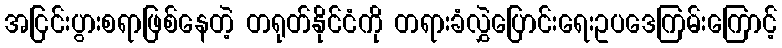
အငြင်းပွားစရာဖြစ်နေတဲ့ တရုတ်နိုင်ငံကို တရားခံလွှဲပြောင်းရေးဥပဒေကြမ်းကြောင့်